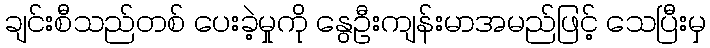
ချင်းစီသည်တစ် ပေးခဲ့မှုကို နွေဦးကျန်းမာအမည်ဖြင့် သေပြီးမှ